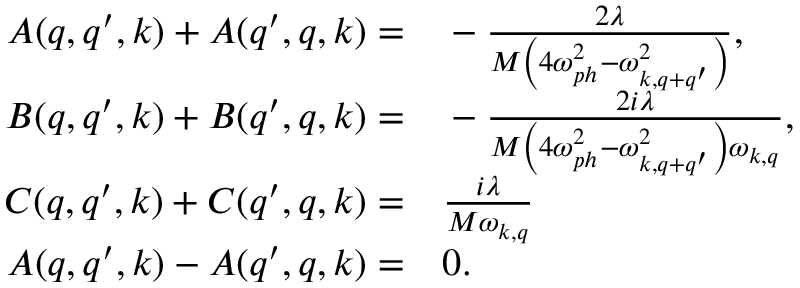
\begin{array} { r l } { A ( q , q ^ { \prime } , k ) + A ( q ^ { \prime } , q , k ) = } & { { } - \frac { 2 \lambda } { M \left( 4 \omega _ { p h } ^ { 2 } - \omega _ { k , q + q ^ { \prime } } ^ { 2 } \right) } , } \\ { B ( q , q ^ { \prime } , k ) + B ( q ^ { \prime } , q , k ) = } & { { } - \frac { 2 i \lambda } { M \left( 4 \omega _ { p h } ^ { 2 } - \omega _ { k , q + q ^ { \prime } } ^ { 2 } \right) \omega _ { k , q } } , } \\ { C ( q , q ^ { \prime } , k ) + C ( q ^ { \prime } , q , k ) = } & { { } \frac { i \lambda } { M \omega _ { k , q } } } \\ { A ( q , q ^ { \prime } , k ) - A ( q ^ { \prime } , q , k ) = } & { { } 0 . } \end{array}